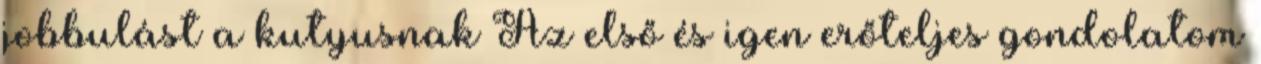
jobbulást a kutyusnak Az első és igen erőteljes gondolatom